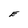
Character: E